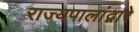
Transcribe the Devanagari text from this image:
राज्यपालांद्वारे